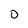
Character: o